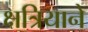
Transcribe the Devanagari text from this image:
क्षत्रियाने